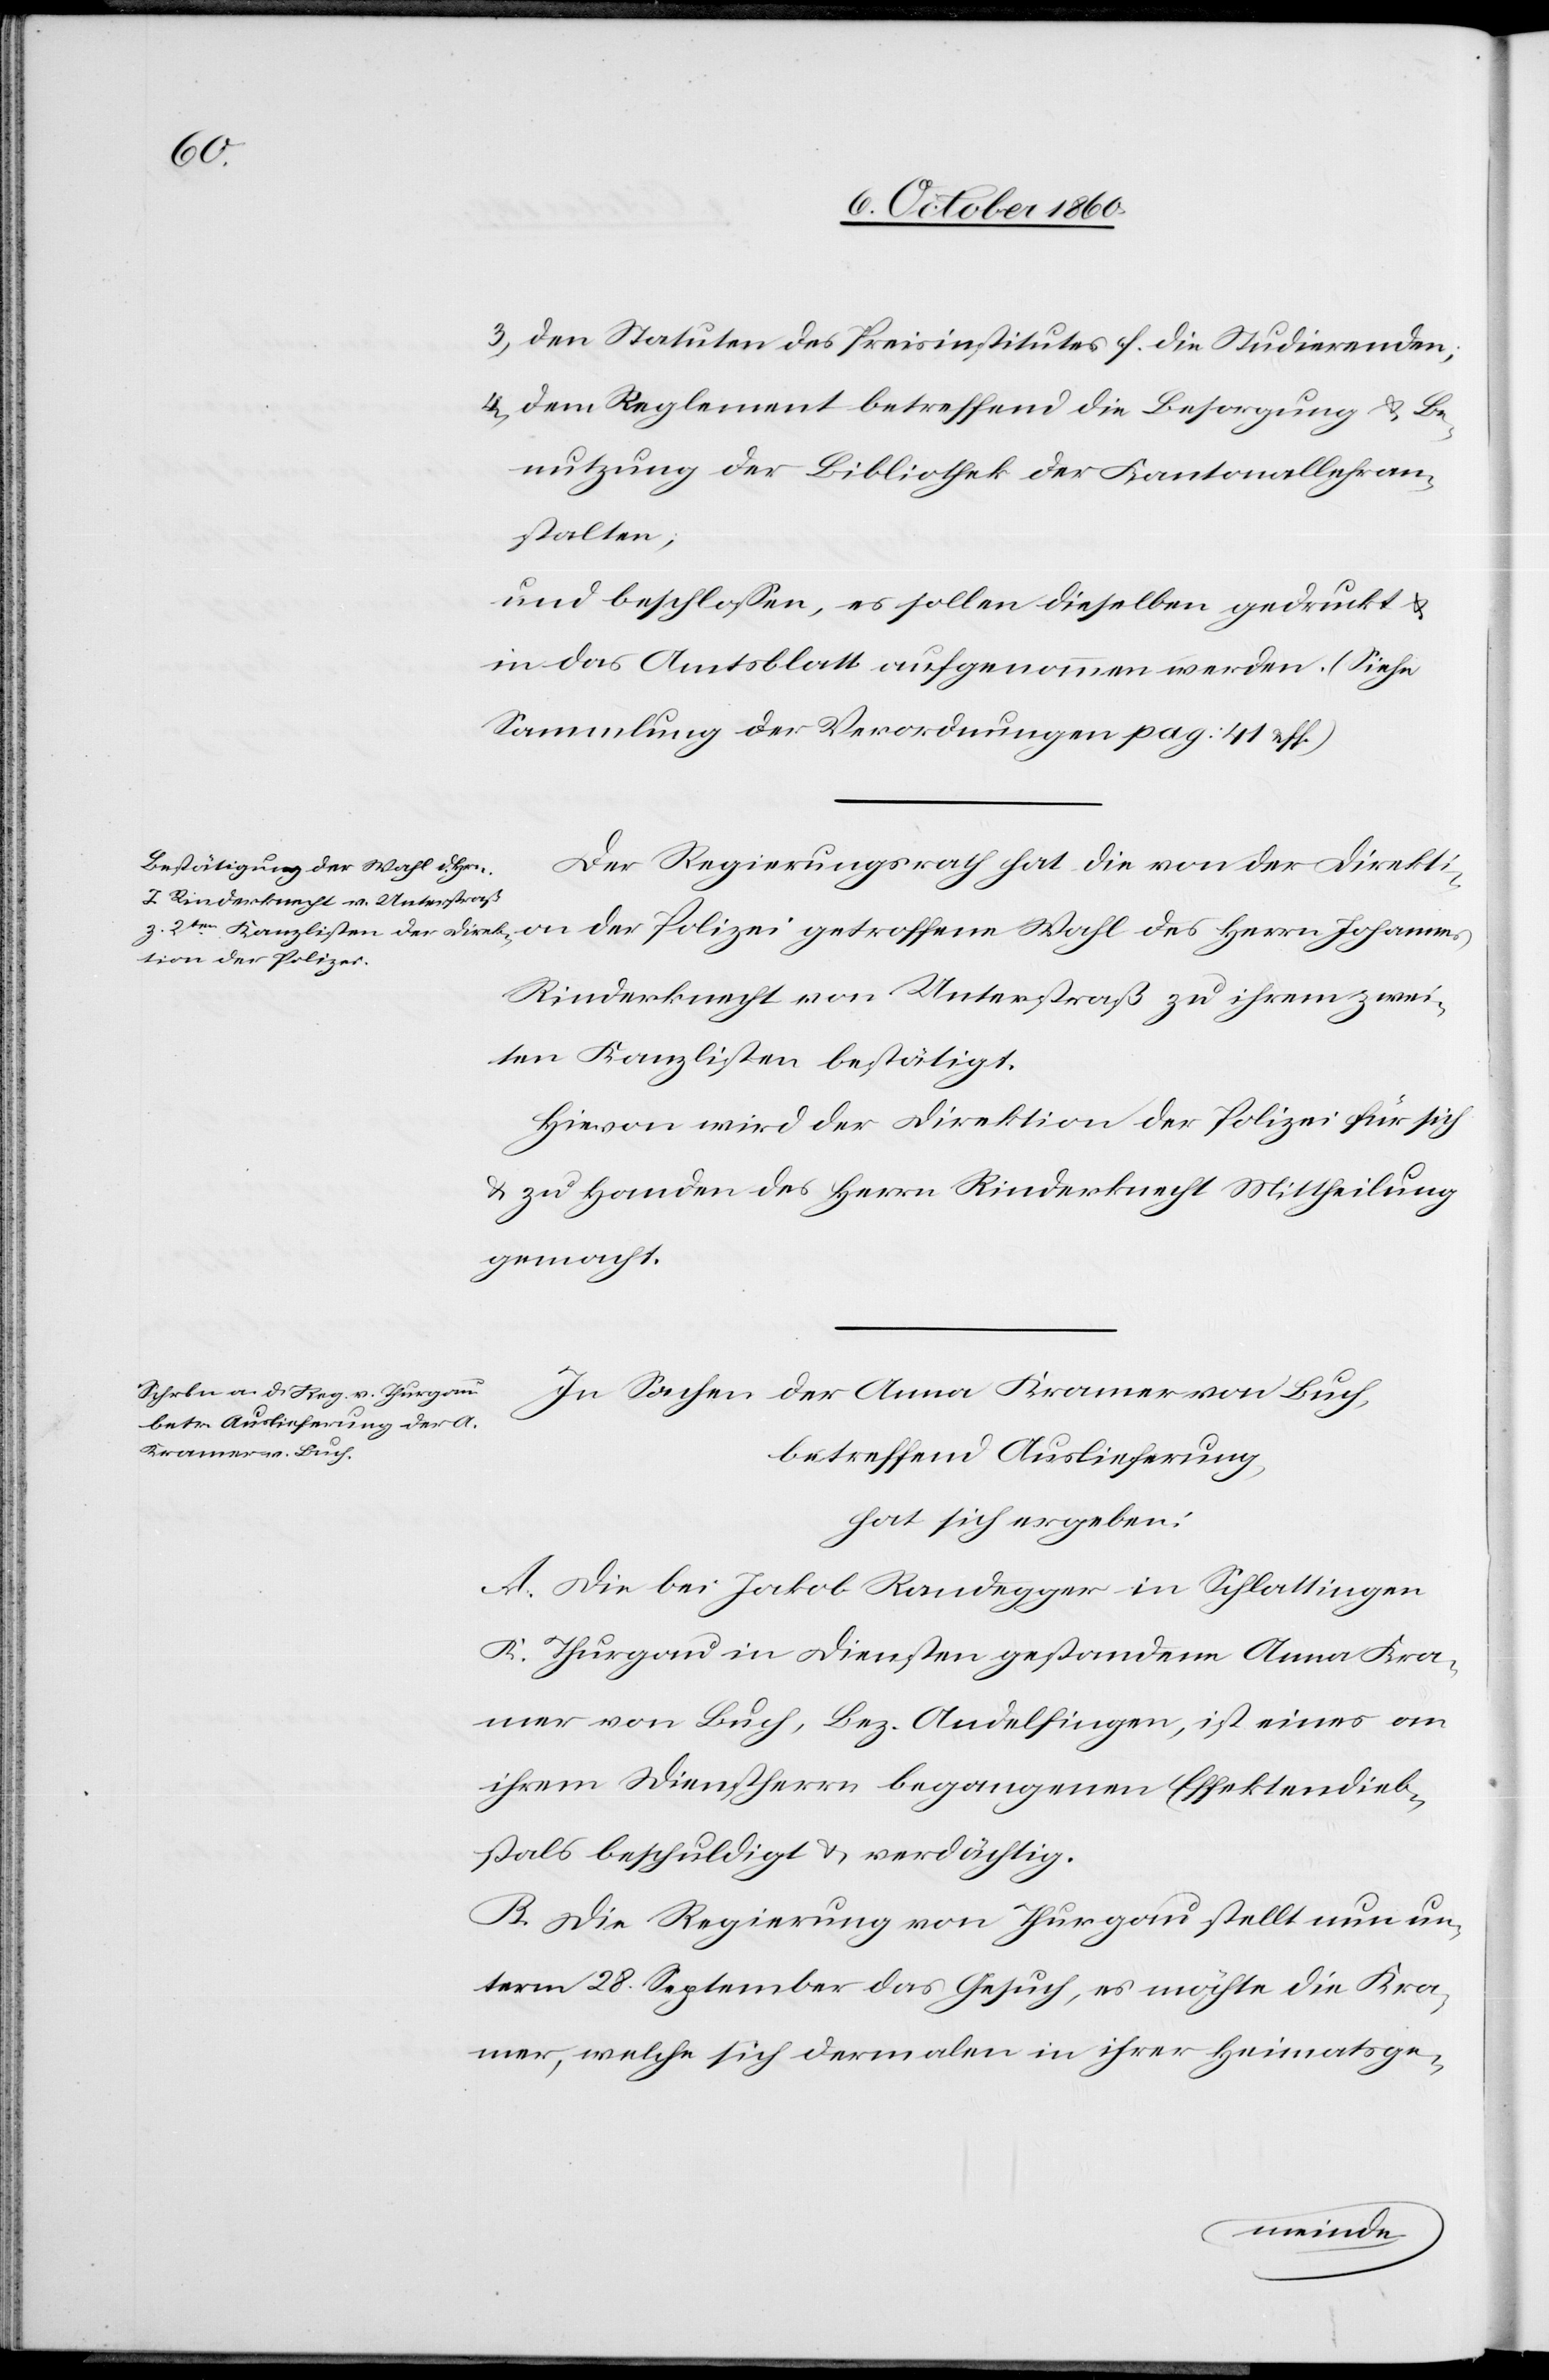
3) den Statuten des Preisinstitutes f. die Studierenden;
4) dem Reglement betreffend die Besorgung u. Be¬
nutzung der Bibliothek der Kantonallehran¬
stalten,
und beschlossen, es sollen dieselben gedruckt u.
in das Amtsblatt aufgenommen werden. (Siehe
Sammlung der Verordnungen pag. 41 u. ff)
Der Regierungsrath hat die von der Direkti¬
on der Polizei getroffene Wahl des Herrn Johannes
Rinderknecht von Unterstraß zu ihrem zwei¬
ten Kanzlisten bestätigt.
Hievon wird der Direktion der Polizei für sich
u. zu Handen des Herrn Rinderknecht Mittheilung
gemacht.
In Sachen der Anna Kramer von Buch,
betreffend Auslieferung,
hat sich ergeben:
A. Die bei Jakob Randegger in Schlattingen
K. Thurgau in Diensten gestandenen Anna Kra¬
mer von Buch, Bez. Andelfingen, ist einem an
ihrem Dienstherrn begangenen Effektendieb¬
stals beschuldigt u. verdächtig.
B. Die Regierung von Thurgau stellt nun un¬
term 28. September das Gesuch, es möchte die Kra¬
mer, welche sich dermalen in ihrer Heimatsge-